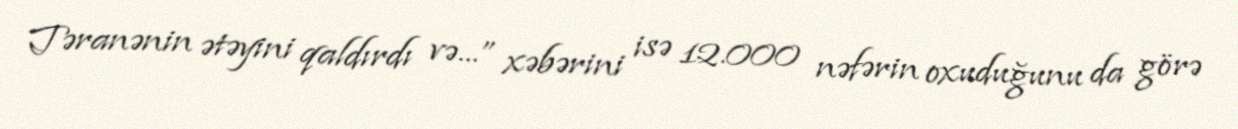
Təranənin ətəyini qaldırdı və...” xəbərini isə 12.000 nəfərin oxuduğunu da görə